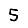
Digit: 5